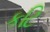
કટિ